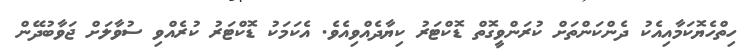
ހިތްހެޔޮކަމާއިއެކު ދެންކަންތަށް ކުރަންވީގޮތް ޑޮކްޓަރު ކިޔާދެއްވިއެވެ. އެކަމަކު ޑޮކްޓަރު ކުރެއްވި ސުވާލަށް ޖަވާބުދޭން